Indian journal of veterinary science and animal husbandry - Volume 4,
Year: 1934
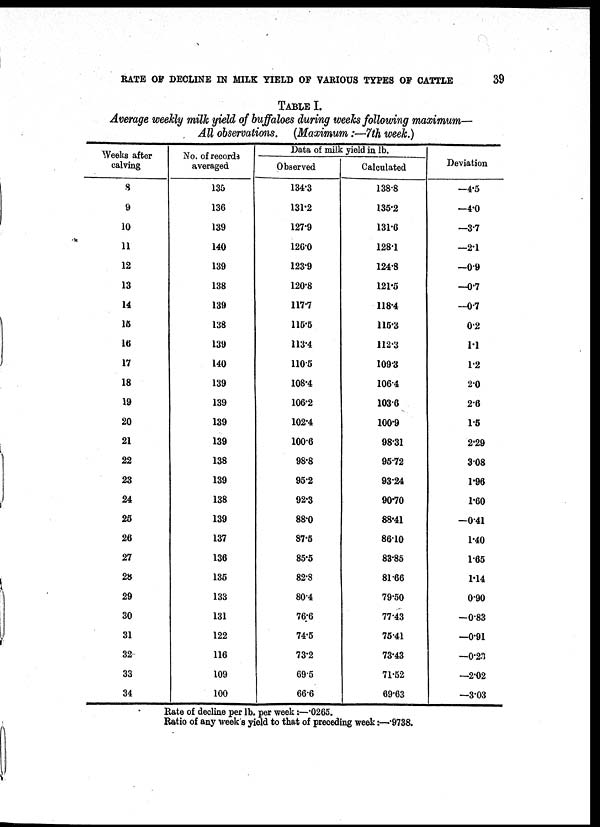
RATE OF DECLINE IN MILK YIELD OF VARIOUS TYPES OF CATTLE
39
TABLE I.
Average weekly milk yield of buffaloes during weeks following maximum—
All observations. (Maximum:—7th week.)
Weeks after
calving
8
9
10
11
12
13
14
15
16
17
18
19
20
21
22
23
24
25
26
27
28
29
30
31
32
33
34
No. of records
averaged
135
136
139
140
139
138
139
138
139
140
139
139
139
139
138
139
138
139
137
136
135
133
131
122
116
109
100
Data of milk yield in lb.
Observed
134.3
131.2
127.9
126.0
123.9
120.8
117.7
115.5
113.4
110.5
108.4
106.2
102.4
100.6
98.8
95.2
92.3
88.0
87.5
85.5
82.8
80.4
76.6
74.5
73.2
69.5
66.6
Calculated
138.8
135.2
131.6
128.1
124.8
121.5
118.4
115.3
112.3
109.3
106.4
103.6
100.9
98.31
95.72
93.24
90.70
88.41
86.10
83.85
81.66
79.50
77.43
75.41
73.43
71.52
69.63
Deviation
—4.5
—4.0
—3.7
—2.1
—0.9
—0.7
—0.7
0.2
1.1
1.2
2.0
2.6
1.5
2.29
3.08
1.96
1.60
—0.41
1.40
1.65
1.14
0.90
—0.83
—0.91
—0.23
—2.02
—3.03
Rate of decline per lb. per week:—.0265.
Ratio of any week's yield to that of preceding week:—.9738.